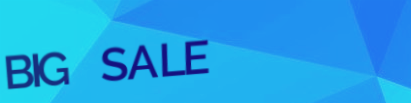
BIG SALE